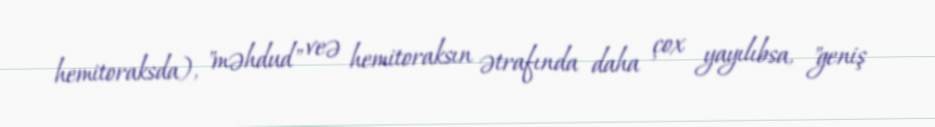
hemitoraksda), "məhdud" veə hemitoraksın ətrafında daha çox yayılıbsa, "geniş